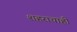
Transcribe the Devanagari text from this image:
शहराचाही